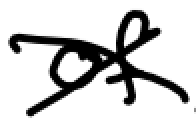
Text: of
Cross-out: cross
Writing tool: digital_black